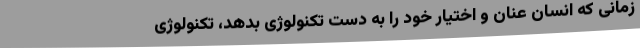
زمانی که انسان عنان و اختیار خود را به دست تکنولوژی بدهد، تکنولوژی